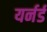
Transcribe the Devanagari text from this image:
यर्नर्ड